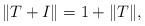
LaTeX: \begin{align*}\Vert T+I\Vert=1+\Vert T\Vert,\end{align*}